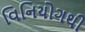
વિનિયોગથી